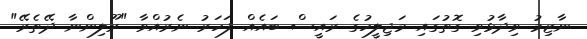
ނާޒިމު ވިދާޅުވި ގޮތުގައި މަޖިލީހުގެ ރައީސް ބައެއް ފަހަރު ނެރުއްވާ "ރޫލިންނާ ދޭތެރޭ"